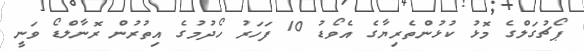
ޕޯޗުގަލްގެ މޮޅު ކުޅުންތެރިޔާގެ އެވޯޑު 10 ފަހަރު ހޯދުމުގެ އިތުރުން ރޮނާލްޑޯ ވަނީ